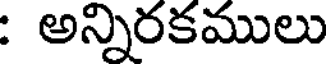
: అన్నిరకములు